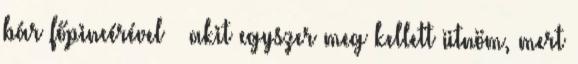
bár főpincérével – akit egyszer meg kellett ütnöm, mert